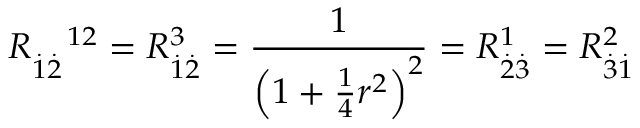
R _ { \overset { . } { 1 } \overset { . } { 2 } } ^ { \quad 1 2 } = R _ { \overset { . } { 1 } \overset { . } { 2 } } ^ { 3 } = \frac { 1 } { \left( 1 + \frac { 1 } { 4 } r ^ { 2 } \right) ^ { 2 } } = R _ { \overset { . } { 2 } \overset { . } { 3 } } ^ { 1 } = R _ { \overset { . } { 3 } \overset { . } { 1 } } ^ { 2 }